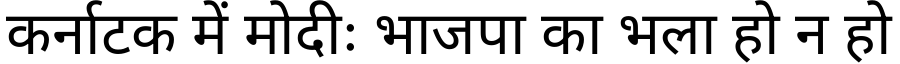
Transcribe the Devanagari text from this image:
कर्नाटक में मोदीः भाजपा का भला हो न हो